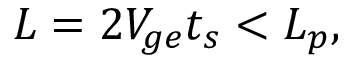
L = 2 V _ { g e } t _ { s } < L _ { p } ,